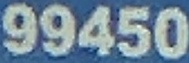
99450